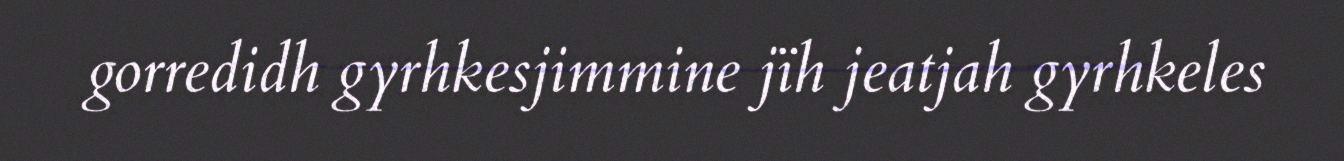
gorredidh gyrhkesjimmine jïh jeatjah gyrhkeles